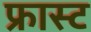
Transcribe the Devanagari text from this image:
फ्रास्ट